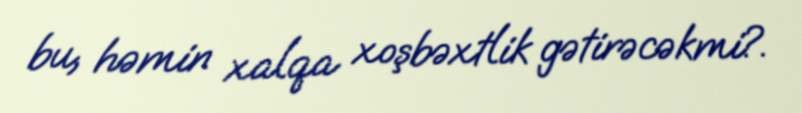
bu, həmin xalqa xoşbəxtlik gətirəcəkmi?.